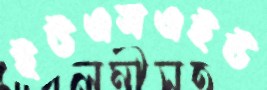
ইউএসএইউ